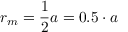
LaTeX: r _ { m } = { \frac { 1 } { 2 } } a = 0 . 5 \cdot a